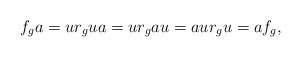
\begin{align*}f_ga=ur_gua=ur_gau=aur_gu=af_g,\end{align*}